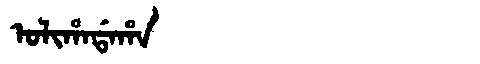
Manchu: ᠣᠯᡳᡥᠠᡩᠠᡥᠠ
Romanization: OLIHADAHA